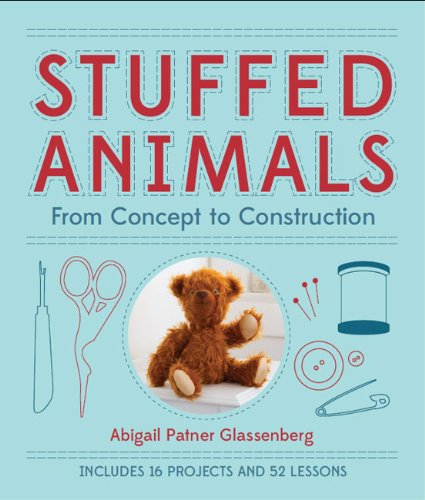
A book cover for Stuffed Animals: From Concept to Construction; Abigail Patner Glassenberg; Crafts, Hobbies & Home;